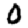
Digit: 0